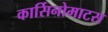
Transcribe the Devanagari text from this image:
कार्सिनोमाटस